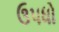
ઉપધો